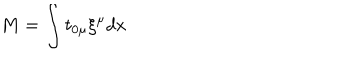
M = \int t _ { 0 \mu } \xi ^ { \mu } d x